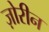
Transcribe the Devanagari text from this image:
ज़ोरीन